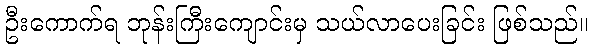
ဦးကောက်ရ ဘုန်းကြီးကျောင်းမှ သယ်လာပေးခြင်း ဖြစ်သည်။